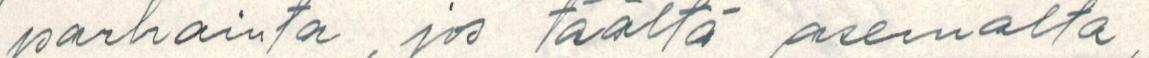
parhainta, jos täältä asemalta